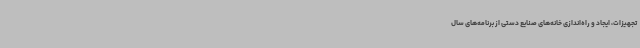
تجهیزات، ایجاد و راه‌اندازی خانه‌های صنایع دستی از برنامه‌های سال